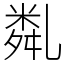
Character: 亃